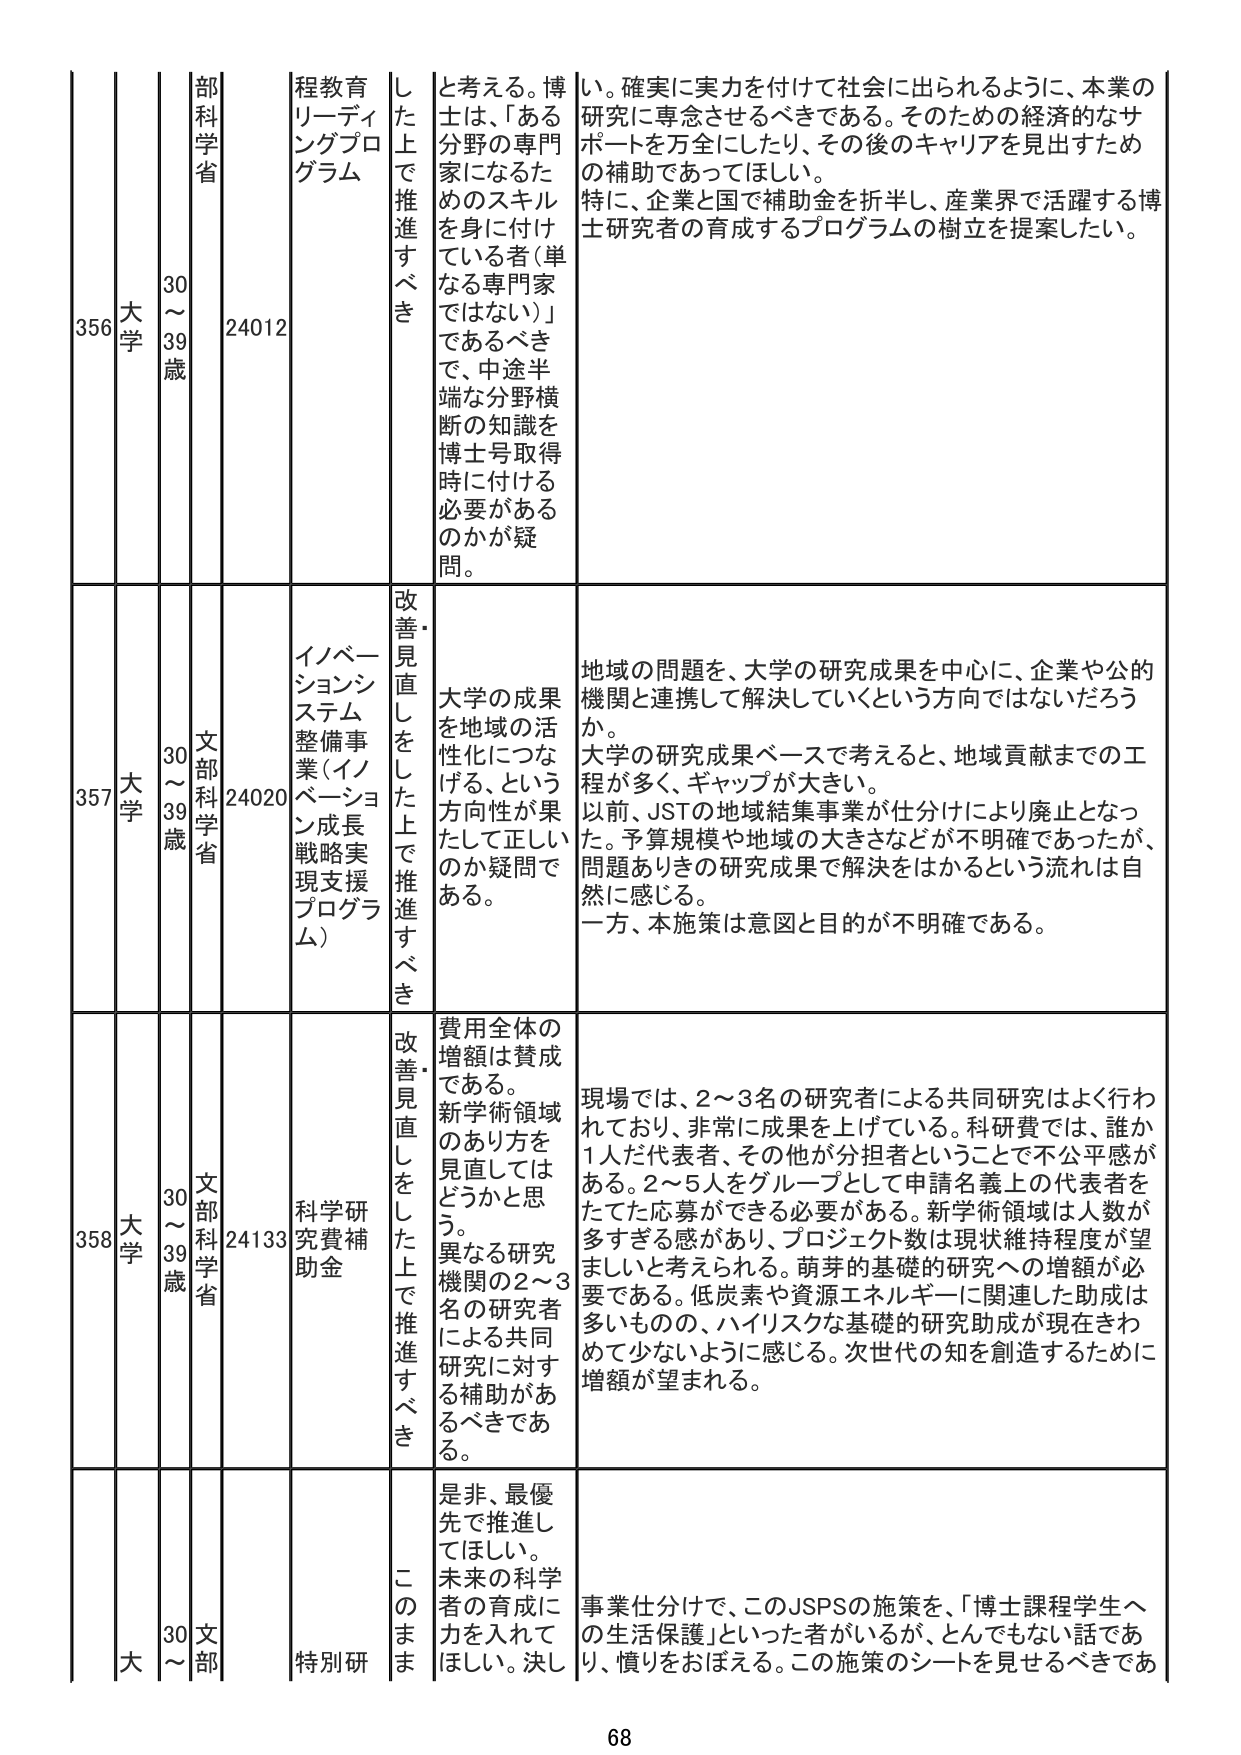
356 大学 30～39歳 部科学省 24012 程教育リーディングプログラム した上で推進すべき と考える。博士は、「ある分野の専門家になるためのスキルを身に付けている者（単なる専門家ではない）」であるべきで、中途半端な分野横断の知識を博士号取得時に付ける必要があるのかが疑問。 い。確実に実力を付けて社会に出られるように、本業の研究に専念させるべきである。そのための経済的なサポートを万全にしたり、その後のキャリアを見出すための補助であってほしい。 特に、企業と国で補助金を折半し、産業界で活躍する博士研究者の育成するプログラムの樹立を提案したい。

357 大学 30～39歳 文部科学省 24020 イノベーションシステム整備事業（イノベーション成長戦略実現支援プログラム） 改善・見直しをした上で推進すべき 大学の成果を地域の活性化につなげる、という方向性が果たして正しいのか疑問である。 地域の問題を、大学の研究成果を中心に、企業や公的機関と連携して解決していくという方向ではないだろうか。 大学の研究成果ベースで考えると、地域貢献までの工程が多く、ギャップが大きい。 以前、JSTの地域結集事業が仕分けにより廃止となった。予算規模や地域の大きさなどが不明確であったが、問題ありきの研究成果で解決をはかるという流れは自然に感じる。 一方、本施策は意図と目的が不明確である。

358 大学 30～39歳 文部科学省 24133 科学研究費補助金 改善・見直しをした上で推進すべき 費用全体の増額は賛成である。新学術領域のあり方を見直してはどうかと思う。異なる研究機関の2～3名の研究者による共同研究に対する補助があるべきである。 現場では、2～3名の研究者による共同研究はよく行われており、非常に成果を上げている。科研費では、誰か1人だ代表者、その他が分担者ということで不公平感がある。2～5人をグループとして申請名義上の代表者をたてた応募ができる必要がある。新学術領域は人数が多すぎる感があり、プロジェクト数は現状維持程度が望ましいと考えられる。萌芽的基礎的研究への増額が必要である。低炭素や資源エネルギーに関連した助成は多いものの、ハイリスクな基礎的研究助成が現在きわめて少ないように感じる。次世代の知を創造するために増額が望まれる。

大 30～ 文部 特別研 ま 是非、最優先で推進してほしい。未来の科学者の育成に力を入れてほしい。決し 事業仕分けで、このJSPSの施策を、「博士課程学生への生活保護」といった者がいるが、とんでもない話であり、慎みをおぼえる。この施策のシートを見せるべきであ

68